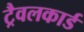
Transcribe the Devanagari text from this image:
ट्रैवलकार्ड